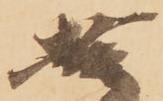
嘉